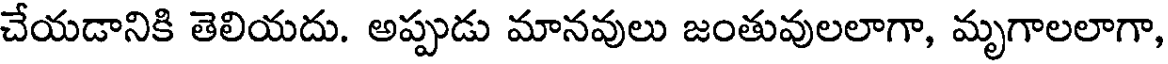
చేయడానికి తెలియదు. అప్పుడు మానవులు జంతువులలాగా, మృగాలలాగా,